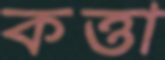
কত্তা